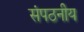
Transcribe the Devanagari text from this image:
संपठनीय